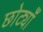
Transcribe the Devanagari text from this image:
छोट्याँ